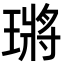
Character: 𤨿